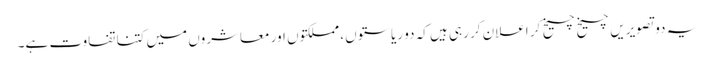
یہ دو تصویریں چیخ چیخ کر اعلان کر رہی ہیں کہ دو ریاستوں، مملکتوں اور معاشروں میں کتنا تفاوت ہے۔